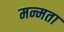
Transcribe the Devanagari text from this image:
मन्मता